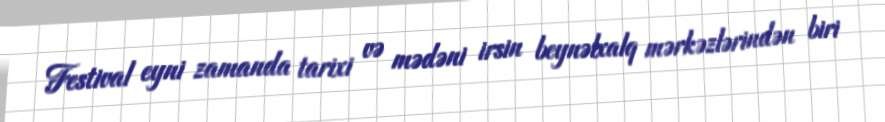
Festival eyni zamanda tarixi və mədəni irsin beynəlxalq mərkəzlərindən biri